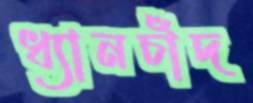
ধ্যানচাঁদ